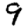
Digit: 9